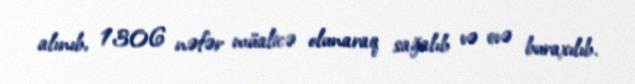
alınıb, 1306 nəfər müalicə olunaraq sağalıb və evə buraxılıb.